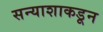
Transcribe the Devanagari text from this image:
सन्याशाकडून